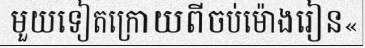
មួយទៀតក្រោយពីចប់ម៉ោងរៀន«